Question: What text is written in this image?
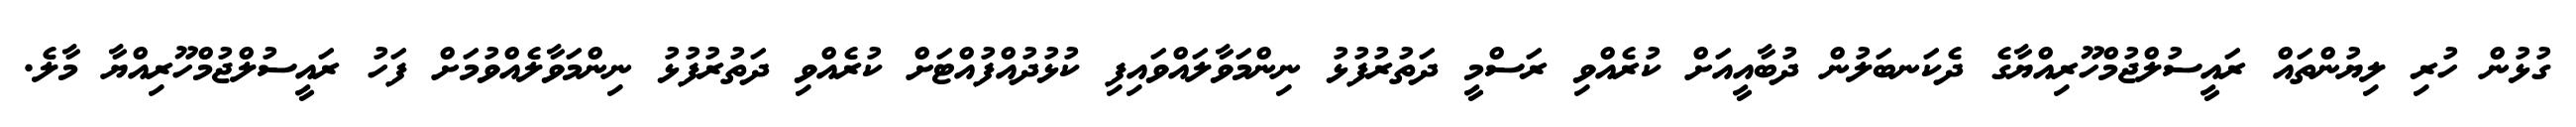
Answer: ގުޅުން ހުރި ލިޔުންތައް ރައީސުލްޖުމްހޫރިއްޔާގެ ދެކަނބަލުން ދުބާއީއަށް ކުރެއްވި ރަސްމީ ދަތުރުފުޅު ނިންމަވާލައްވައިފި ކުޅުދުއްފުއްޓަށް ކުރެއްވި ދަތުރުފުޅު ނިންމަވާލެއްވުމަށް ފަހު ރައީސުލްޖުމްހޫރިއްޔާ މާލެ.